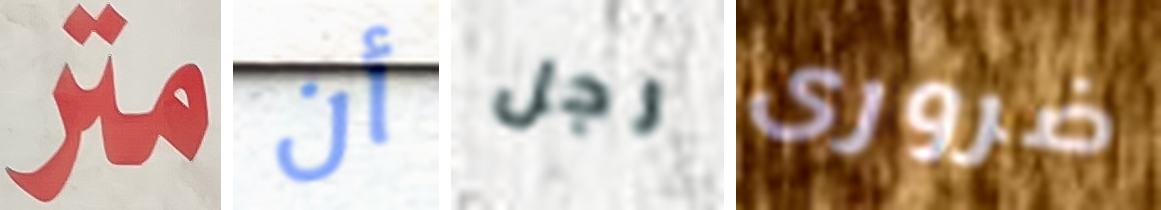
متر أن رجل ضرورى